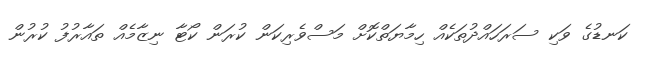
ކަނޑުގެ ވަކި ސަރަހައްދުތަކެއް ހިމާޔަތްކޮށް މަސްވެރިކަން ކުރަން ކޯޓާ ނިޒާމެއް ތައާރުފު ކުރުން